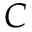
C